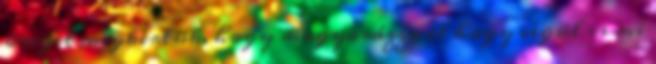
öreget megkértük, hogy magyarázza el hogy végül is mi